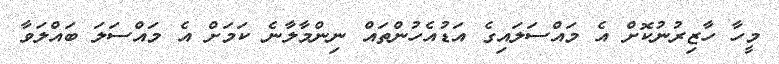
މީހާ ހާޒިރުނުކޮށް އެ މައްސަލައިގެ އަޑުއެހުންތައް ނިންމާލާނެ ކަމަށް އެ މައްސަލަ ބައްލަވާ